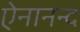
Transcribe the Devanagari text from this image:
ऐनानन्द